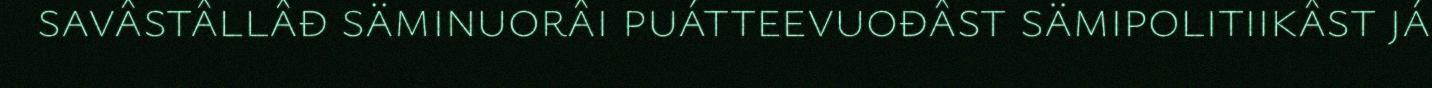
savâstâllâđ säminuorâi puátteevuođâst sämipolitiikâst já